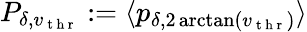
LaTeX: P_{\delta,v_{\mathrm{~t~h~r~}}}:=\langle p_{\delta,2\arctan(v_{\mathrm{~t~h~r~}})}\rangle